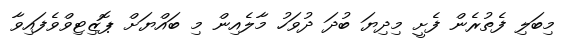
މިބަލި ފެތުރެން ފެށީ މިދިޔަ ބުދަ ދުވަހު މާލެއިން މި ބައްޔަށް ޕޮޒިޓިވްވެފައިވާ